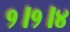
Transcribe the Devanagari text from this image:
१।१।४